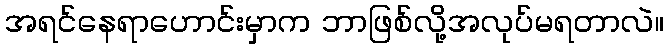
အရင်နေရာဟောင်းမှာက ဘာဖြစ်လို့အလုပ်မရတာလဲ။